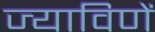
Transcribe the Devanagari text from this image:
ज्याविणें